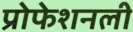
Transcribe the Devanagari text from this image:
प्रोफेशनली